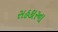
સહકારના